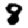
Digit: 8